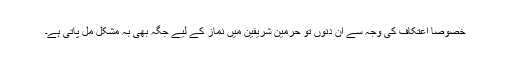
خصوصاً اعتکاف کی وجہ سے ان دنوں تو حرمین شریفین میں نماز کے لیے جگہ بھی بہ مشکل مل پاتی ہے۔